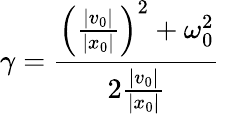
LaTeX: \gamma=\frac{\left(\frac{|v_{0}|}{|x_{0}|}\right)^{2}+\omega_{0}^{2}}{2\frac{|v_{0}|}{|x_{0}|}}\,